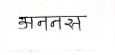
मजकूर: अननस